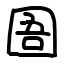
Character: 圄